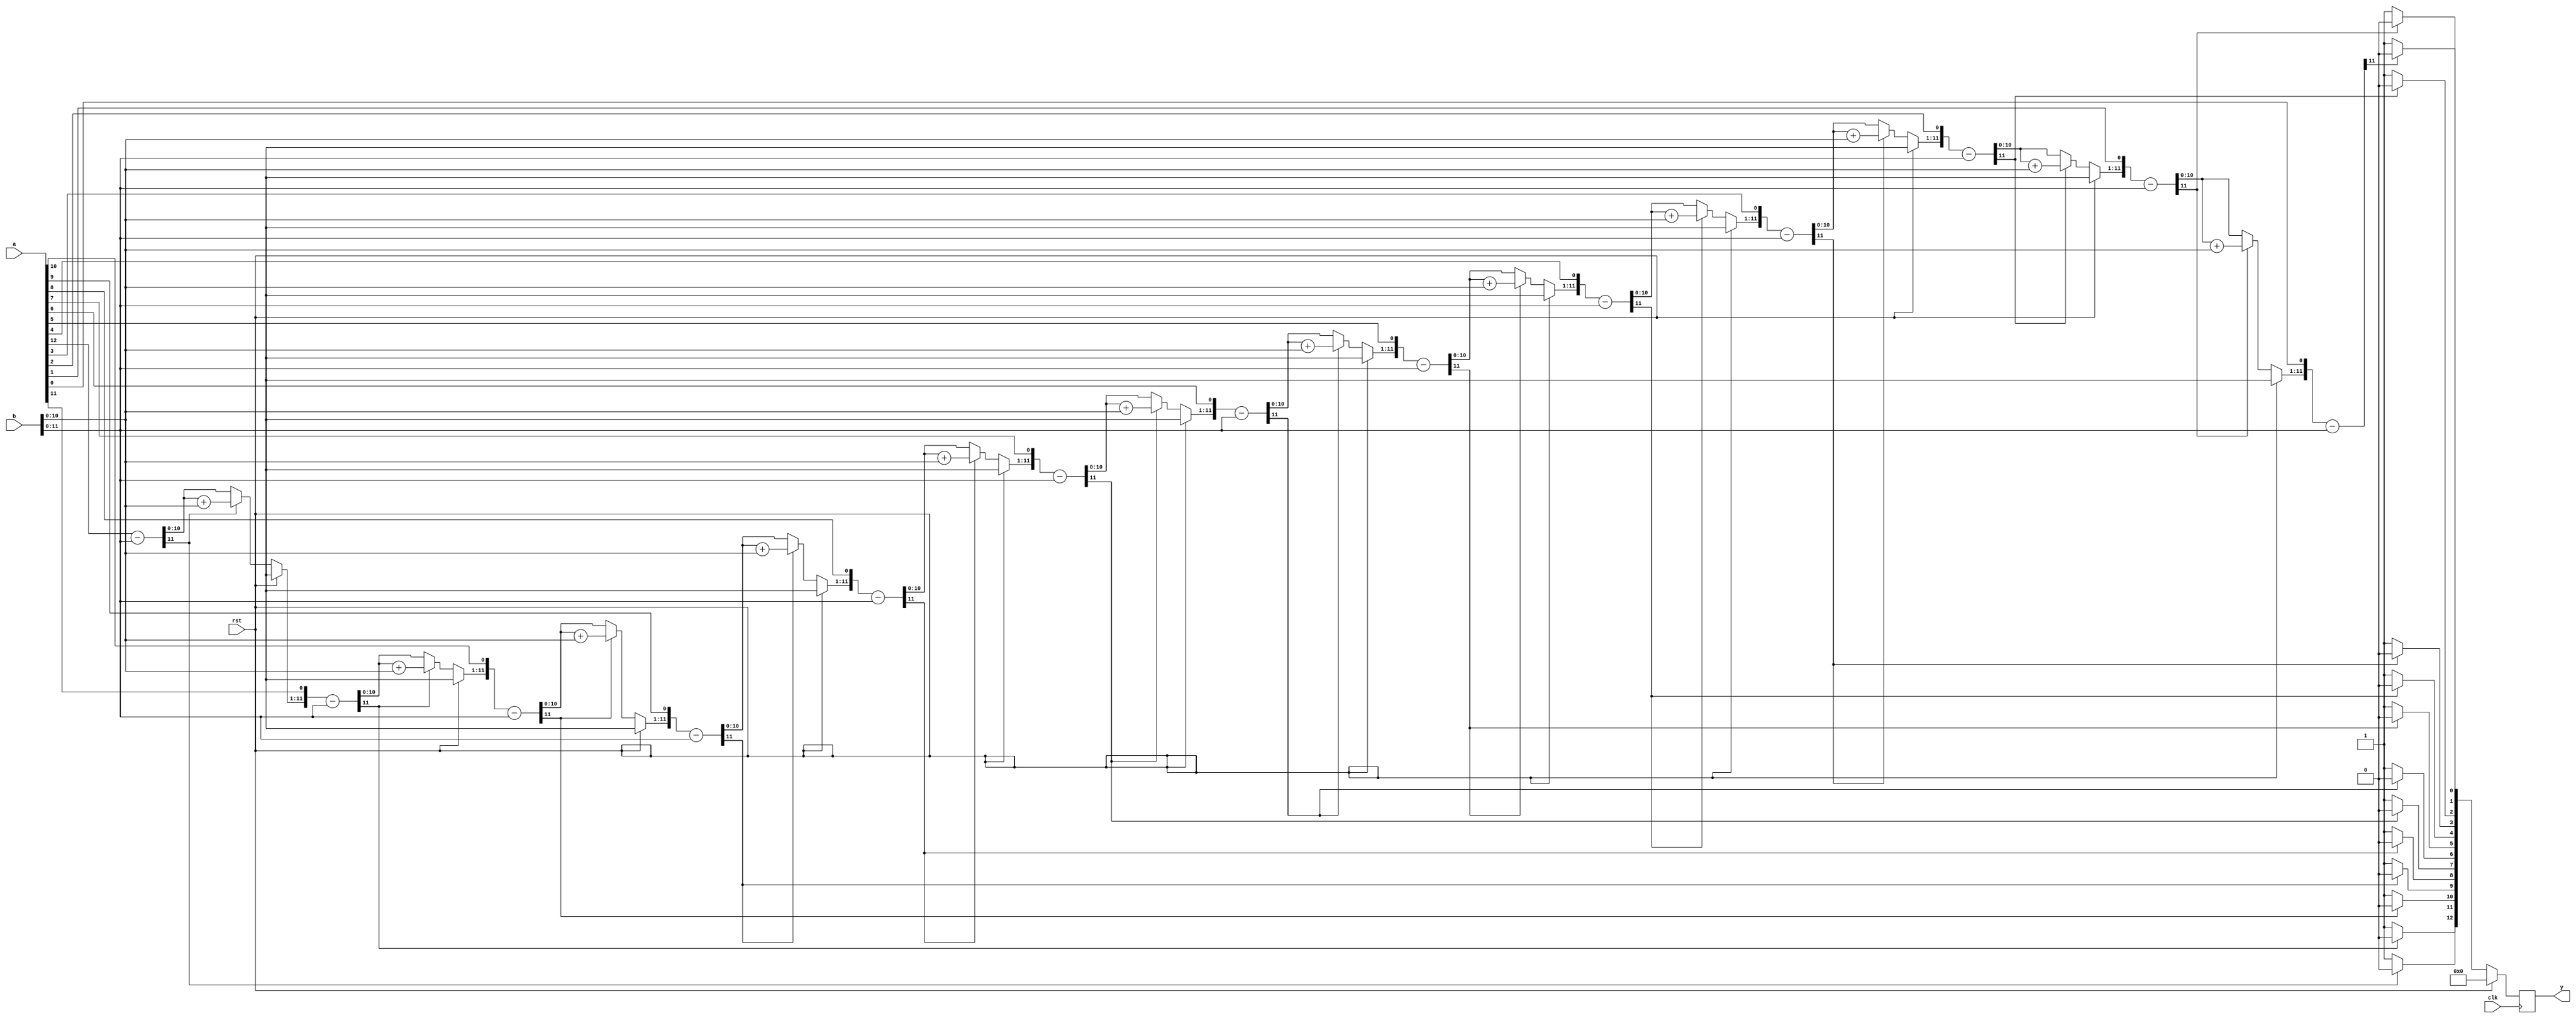
`timescale 1ns / 1ps
//////////////////////////////////////////////////////////////////////////////////
// Company: 
// Engineer: 
// 
// Design Name: 
// Module Name:    division 
// Project Name: 
// Target Devices: 
// Tool versions: 
// Description: 
//
// Dependencies: 
//
// Revision: 
// Revision 0.01 - File Created
// Additional Comments: 
//
//////////////////////////////////////////////////////////////////////////////////
module division(
		input [12:0]a, 
		input [12:0]b, 
		input clk, 
		input rst, 
		output reg [12:0]y
		);

    reg [12:0] a1,b1;
    reg [13:0] p1;   
    integer i;

    always@ (posedge clk)
    begin
	 
		  if(rst)
		  begin
				y = 13'd0;
		  end
		  
		  else
		  begin
        //initialize the variables.
        a1 = a;
        b1 = b;
        p1 = 0;
        for(i=0;i < 13;i=i+1)    
		  begin //start the for loop
            p1 = {p1[11:0],a1[12]};
            a1 = a1<<1;
            p1 = p1-b1;
            
				if(p1[11] == 1)    
				begin
                a1[0] = 0;
                p1 = p1 + b1;   
				end
            
				else
                a1[0] = 1;
        end
        y = a1; 
			end;
    end 

endmodule